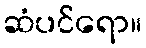
ဆံပင်ရော။